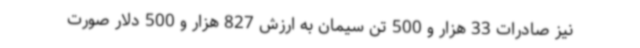
نیز صادرات 33 هزار و 500 تن سیمان به ارزش 827 هزار و 500 دلار صورت